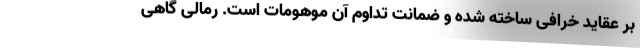
بر عقاید خرافی ساخته شده و ضمانت تداوم آن موهومات است. رمالی گاهی